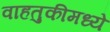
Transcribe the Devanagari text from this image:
वाहतुकीमध्ये